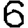
Digit: 6